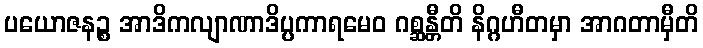
ပယောဇနဉ္စ အာဒိကလျာဏာဒိပ္ပကာရမေဝ ဂစ္ဆန္တီတိ နိဂ္ဂဟီတမှာ အာဂတာမှီတိ